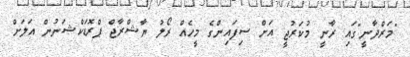
"މަރްދާނީ"ގައި ރާނީ މުކަރުޖީ އަށް ސިފައިންގެ މީހެއް ރޯލު ޔާޝްރާޖް ޕްރޮޑަކްޝަނުން އަލަށް